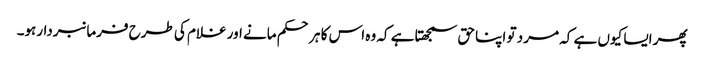
پھر ایسا کیوں ہے کہ مر د تو اپنا حق سمجھتا ہے کہ وہ اس کا ہر حکم مانے اور غلام کی طرح فرمانبردارہو۔